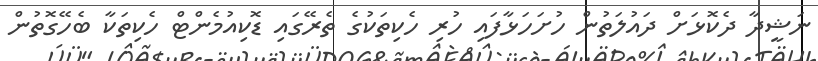
ނަޝީދާ ދެކޮޅަށް ދައުލަތުން ހުށަހަޅާފައި ހުރި ހެކިތަކުގެ ތެރޭގައި ޑޮކިއުމެންޓް ހެކިތަކާ ބެހޭގޮތުން